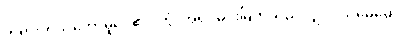
တရားကိုသိတော်မူပေ၏။ တွံ၊ အရှင်မင်းမြတ်သည်လျှင်။ သုမေဓော၊